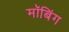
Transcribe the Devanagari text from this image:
मॉबिंग